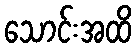
သောင်းအထိ